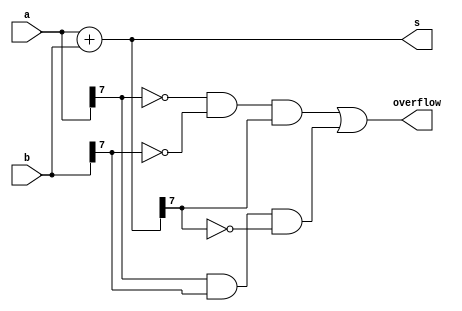
module top_module (
    input [7:0] a,
    input [7:0] b,
    output [7:0] s,
    output overflow
); //

    // assign s = ...
    // assign overflow = ...
	wire c;
    assign {c,s}=a+b;
    assign overflow = (~a[7] & ~b[7] & s[7]) | (a[7] & b[7] & ~s[7]);
endmodule

// overflow : (+6)+(+6)=(+12)
//   0110
// + 0110
//----------
//  11100 -> overflow